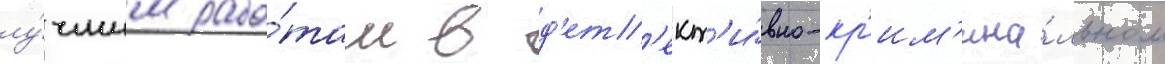
лу́чшим рабо́там в д'ет'ект'и́вно-кр'им'ина́льном